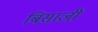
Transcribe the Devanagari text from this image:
बिसाजी